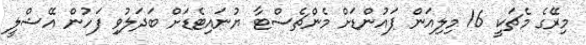
މިރޭގެ މެޗަކީ 16 މިލިއަން ޕައުންޑަށް މެންޗެސްޓާ ޔުނައިޓެޑަށް ބަދަލުވި ފަހުން އޭޝްލީ